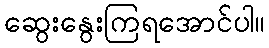
ဆွေးနွေးကြရအောင်ပါ။